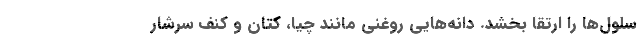
سلول‌ها را ارتقا بخشد. دانه‌هایی روغنی مانند چیا، کتان و کنف سرشار